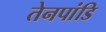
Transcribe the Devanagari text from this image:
तेनपांडि